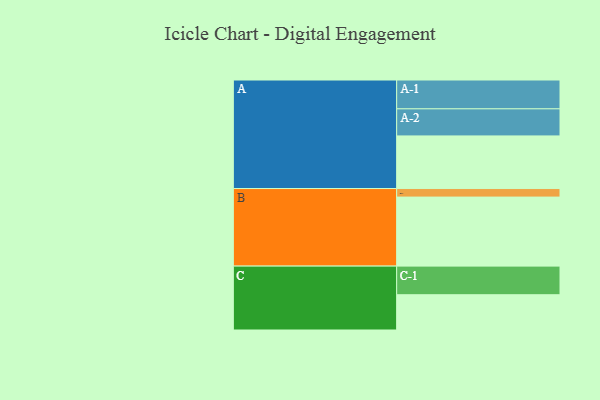
{"axis": {"x": "Segment", "y": "Value"}, "legend": ["", "A", "B", "C"], "data": [{"x": "A", "y": 449, "type": ""}, {"x": "B", "y": 589, "type": ""}, {"x": "C", "y": 301, "type": ""}, {"x": "A-1", "y": 246, "type": "A"}, {"x": "A-2", "y": 231, "type": "A"}, {"x": "B-1", "y": 73, "type": "B"}, {"x": "C-1", "y": 244, "type": "C"}]}